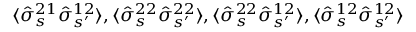
\langle \hat { \sigma } _ { s } ^ { 2 1 } \hat { \sigma } _ { s ^ { \prime } } ^ { 1 2 } \rangle , \langle \hat { \sigma } _ { s } ^ { 2 2 } \hat { \sigma } _ { s ^ { \prime } } ^ { 2 2 } \rangle , \langle \hat { \sigma } _ { s } ^ { 2 2 } \hat { \sigma } _ { s ^ { \prime } } ^ { 1 2 } \rangle , \langle \hat { \sigma } _ { s } ^ { 1 2 } \hat { \sigma } _ { s ^ { \prime } } ^ { 1 2 } \rangle